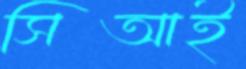
সিআই